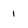
Character: 1